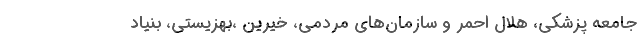
جامعه پزشکی، هلال احمر و سازمان‌های مردمی، خیرین ،بهزیستی، بنیاد